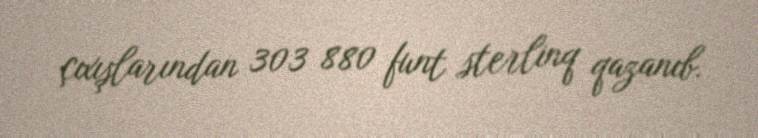
çıxışlarından 303 880 funt sterlinq qazanıb.